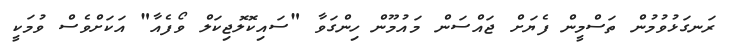
ރަނގަޅުވުމުން ތަސްމީން ފެޔަށް ޖައްސަން މައުމޫން ހިންގަވާ "ސައިކޮލޮޖިކަލް ވޯފެއާ" އަކަށްވެސް ވުމަކީ